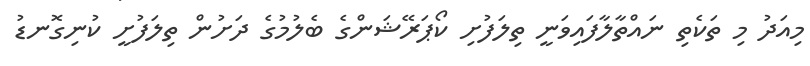
މިއަދު މި ތަކެތި ނައްތާލާފައިވަނީ ތިލަފުށި ކޯޕަރޭޝަންގެ ބެލުމުގެ ދަށުން ތިލަފުށީ ކުނިގޮނޑު